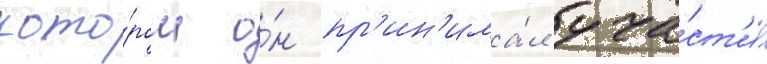
кото́ром о́н пр'ин'има́л уча́ст'ие